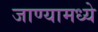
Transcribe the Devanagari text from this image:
जाण्यामध्ये